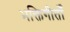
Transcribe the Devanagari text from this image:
भक्तिगीतोँ